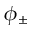
\phi _ { \pm }